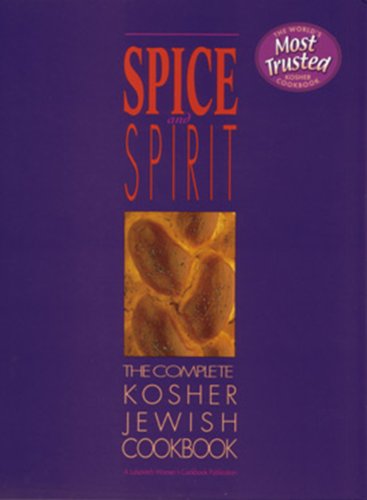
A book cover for Spice and Spirit: The Complete Kosher Jewish Cookbook (A Kosher living classic); Cookbooks, Food & Wine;